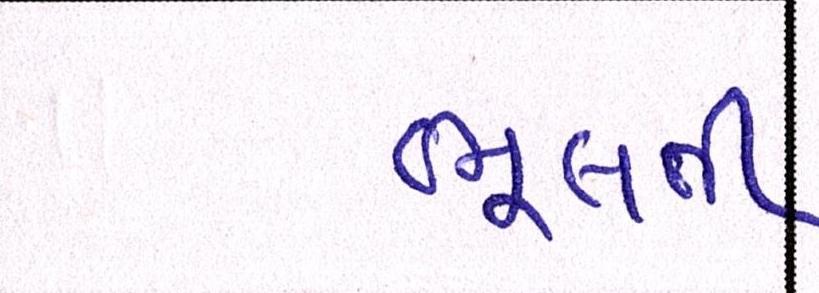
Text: ભૂલતી